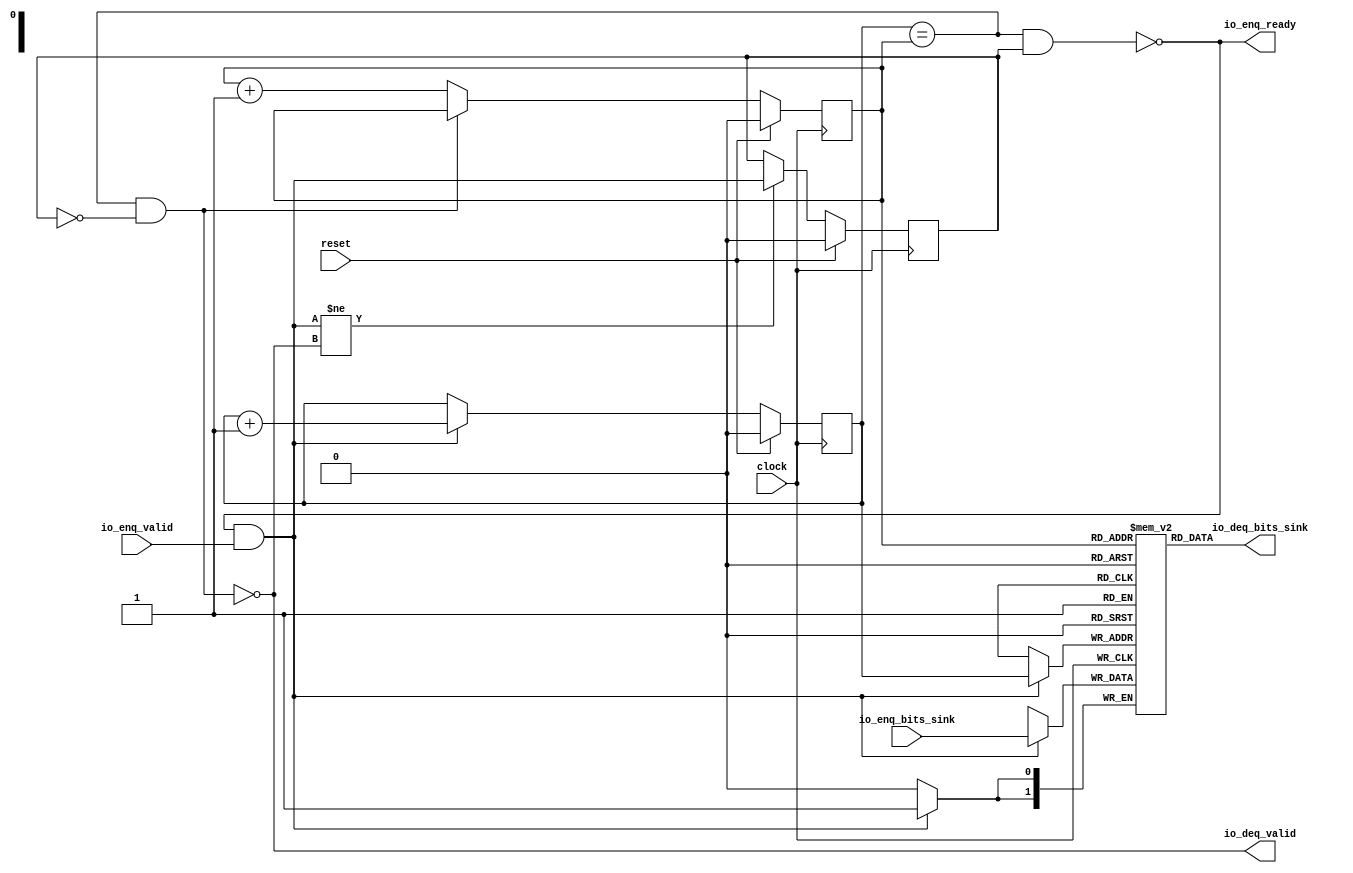
module Queue_36(
  input        clock,
  input        reset,
  output       io_enq_ready,
  input        io_enq_valid,
  input  [1:0] io_enq_bits_sink,
  output       io_deq_valid,
  output [1:0] io_deq_bits_sink
);
`ifdef RANDOMIZE_MEM_INIT
  reg [31:0] _RAND_0;
`endif // RANDOMIZE_MEM_INIT
`ifdef RANDOMIZE_REG_INIT
  reg [31:0] _RAND_1;
  reg [31:0] _RAND_2;
  reg [31:0] _RAND_3;
`endif // RANDOMIZE_REG_INIT
  reg [1:0] ram_sink [0:1]; // @[Decoupled.scala 259:95]
  wire  ram_sink_io_deq_bits_MPORT_en; // @[Decoupled.scala 259:95]
  wire  ram_sink_io_deq_bits_MPORT_addr; // @[Decoupled.scala 259:95]
  wire [1:0] ram_sink_io_deq_bits_MPORT_data; // @[Decoupled.scala 259:95]
  wire [1:0] ram_sink_MPORT_data; // @[Decoupled.scala 259:95]
  wire  ram_sink_MPORT_addr; // @[Decoupled.scala 259:95]
  wire  ram_sink_MPORT_mask; // @[Decoupled.scala 259:95]
  wire  ram_sink_MPORT_en; // @[Decoupled.scala 259:95]
  reg  value; // @[Counter.scala 62:40]
  reg  value_1; // @[Counter.scala 62:40]
  reg  maybe_full; // @[Decoupled.scala 262:27]
  wire  ptr_match = value == value_1; // @[Decoupled.scala 263:33]
  wire  empty = ptr_match & ~maybe_full; // @[Decoupled.scala 264:25]
  wire  full = ptr_match & maybe_full; // @[Decoupled.scala 265:24]
  wire  do_enq = io_enq_ready & io_enq_valid; // @[Decoupled.scala 50:35]
  assign ram_sink_io_deq_bits_MPORT_en = 1'h1;
  assign ram_sink_io_deq_bits_MPORT_addr = value_1;
  assign ram_sink_io_deq_bits_MPORT_data = ram_sink[ram_sink_io_deq_bits_MPORT_addr]; // @[Decoupled.scala 259:95]
  assign ram_sink_MPORT_data = io_enq_bits_sink;
  assign ram_sink_MPORT_addr = value;
  assign ram_sink_MPORT_mask = 1'h1;
  assign ram_sink_MPORT_en = io_enq_ready & io_enq_valid;
  assign io_enq_ready = ~full; // @[Decoupled.scala 289:19]
  assign io_deq_valid = ~empty; // @[Decoupled.scala 288:19]
  assign io_deq_bits_sink = ram_sink_io_deq_bits_MPORT_data; // @[Decoupled.scala 296:17]
  always @(posedge clock) begin
    if (ram_sink_MPORT_en & ram_sink_MPORT_mask) begin
      ram_sink[ram_sink_MPORT_addr] <= ram_sink_MPORT_data; // @[Decoupled.scala 259:95]
    end
    if (reset) begin // @[Counter.scala 62:40]
      value <= 1'h0; // @[Counter.scala 62:40]
    end else if (do_enq) begin // @[Decoupled.scala 272:16]
      value <= value + 1'h1; // @[Counter.scala 78:15]
    end
    if (reset) begin // @[Counter.scala 62:40]
      value_1 <= 1'h0; // @[Counter.scala 62:40]
    end else if (io_deq_valid) begin // @[Decoupled.scala 276:16]
      value_1 <= value_1 + 1'h1; // @[Counter.scala 78:15]
    end
    if (reset) begin // @[Decoupled.scala 262:27]
      maybe_full <= 1'h0; // @[Decoupled.scala 262:27]
    end else if (do_enq != io_deq_valid) begin // @[Decoupled.scala 279:27]
      maybe_full <= do_enq; // @[Decoupled.scala 280:16]
    end
  end
// Register and memory initialization
`ifdef RANDOMIZE_GARBAGE_ASSIGN
`define RANDOMIZE
`endif
`ifdef RANDOMIZE_INVALID_ASSIGN
`define RANDOMIZE
`endif
`ifdef RANDOMIZE_REG_INIT
`define RANDOMIZE
`endif
`ifdef RANDOMIZE_MEM_INIT
`define RANDOMIZE
`endif
`ifndef RANDOM
`define RANDOM $random
`endif
`ifdef RANDOMIZE_MEM_INIT
  integer initvar;
`endif
`ifndef SYNTHESIS
`ifdef FIRRTL_BEFORE_INITIAL
`FIRRTL_BEFORE_INITIAL
`endif
initial begin
  `ifdef RANDOMIZE
    `ifdef INIT_RANDOM
      `INIT_RANDOM
    `endif
    `ifndef VERILATOR
      `ifdef RANDOMIZE_DELAY
        #`RANDOMIZE_DELAY begin end
      `else
        #0.002 begin end
      `endif
    `endif
`ifdef RANDOMIZE_MEM_INIT
  _RAND_0 = {1{`RANDOM}};
  for (initvar = 0; initvar < 2; initvar = initvar+1)
    ram_sink[initvar] = _RAND_0[1:0];
`endif // RANDOMIZE_MEM_INIT
`ifdef RANDOMIZE_REG_INIT
  _RAND_1 = {1{`RANDOM}};
  value = _RAND_1[0:0];
  _RAND_2 = {1{`RANDOM}};
  value_1 = _RAND_2[0:0];
  _RAND_3 = {1{`RANDOM}};
  maybe_full = _RAND_3[0:0];
`endif // RANDOMIZE_REG_INIT
  `endif // RANDOMIZE
end // initial
`ifdef FIRRTL_AFTER_INITIAL
`FIRRTL_AFTER_INITIAL
`endif
`endif // SYNTHESIS
endmodule